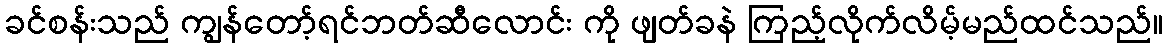
ခင်စန်းသည် ကျွန်တော့်ရင်ဘတ်ဆီလောင်း ကို ဖျတ်ခနဲ ကြည့်လိုက်လိမ့်မည်ထင်သည်။